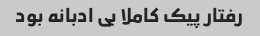
رفتار پیک کاملا بی ادبانه بود